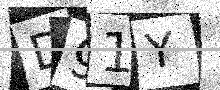
Text: D91Y